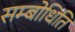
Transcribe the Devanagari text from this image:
सम्बोधिति